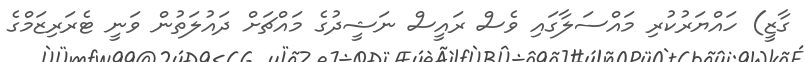
ގާޒީ) ހައްޔަރުކުރި މައްސަލާގައި ވެސް ރައީސް ނަޝީދުގެ މައްޗަށް ދައުލަތުން ވަނީ ޓެރަރިޒަމްގެ